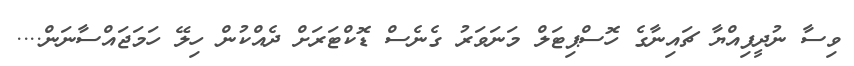
ވިސާ ނުދީފިއްޔާ ޗައިނާގެ ހޮސްޕިޓަލް މަނަވަރު ގެނެސް ޑޮކްޓަރަށް ދެއްކުން ހިލޭ ހަމަޖައްސާނަން....